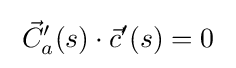
\;{\vec {C}}_{a}'(s)\cdot {\vec {c}}'(s)=0\;